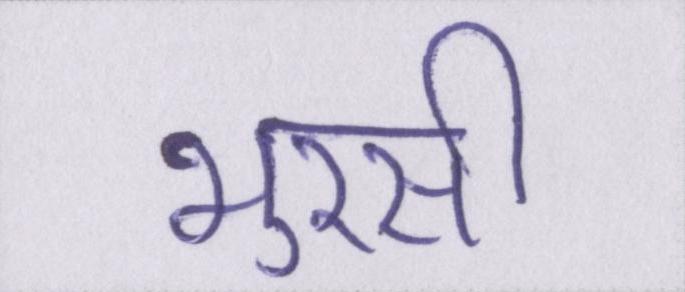
भुरसी